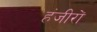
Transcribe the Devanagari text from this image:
हंजीरों